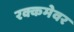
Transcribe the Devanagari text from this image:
रक्कमेवर